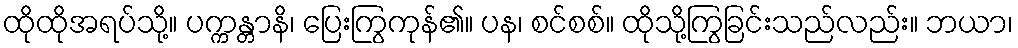
ထိုထိုအရပ်သို့။ ပက္ကန္တာနိ၊ ပြေးကြွကုန်၏။ ပန၊ စင်စစ်။ ထိုသို့ကြွခြင်းသည်လည်း။ ဘယာ၊